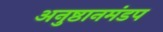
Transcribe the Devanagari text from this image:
अनुष्ठानमंडप